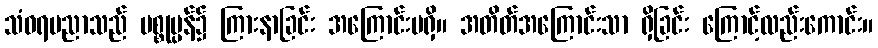
သံဝရပညာသည် ပစ္စုပ္ပန်၌ ကြားနာခြင်း အကြောင်းမရှိ။ အတိတ်အကြောင်းသာ ရှိခြင်း ကြောင့်လည်းကောင်း။